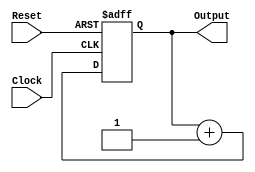
module Counter(Output,Clock,Reset);
	input Reset;
	input Clock;
	output [2:0] Output;
	reg [2:0] Data;

	always@ ( posedge Clock or negedge Reset)
		begin
			if(Reset == 1'b0) //Reset
				Data[2:0] <= 3'b000; //Non-Blocking Assigment
			else // Increment
				Data[2:0] <= Data[2:0] + 3'b001; //Non-Blocking Assigment
		end

	assign Output[2:0] = Data[2:0]; //Blocking Assigment

endmodule